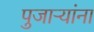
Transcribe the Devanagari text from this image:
पुजाऱ्यांना